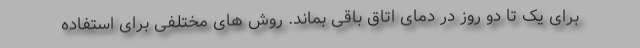
برای یک تا دو روز در دمای اتاق باقی بماند. روش های مختلفی برای استفاده